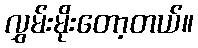
လွှမ်းမိုးတော့တယ်။